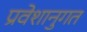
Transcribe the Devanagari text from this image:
प्रवेशानुगत